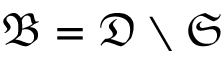
\mathfrak { B } = \mathfrak { D } \setminus \mathfrak { S }